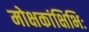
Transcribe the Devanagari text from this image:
मोक्षकांक्षिभिः